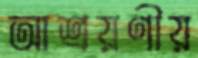
আশ্রয়ণীয়